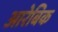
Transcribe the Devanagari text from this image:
आरेबिक